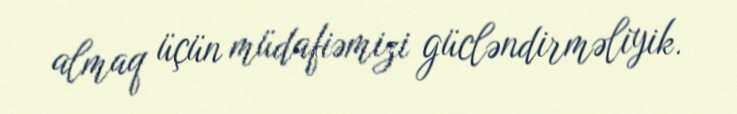
almaq üçün müdafiəmizi gücləndirməliyik.